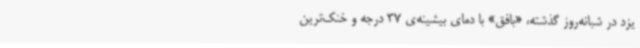
یزد در شبانه‌روز گذشته، «بافق» با دمای بیشینه‌ی 37 درجه و خنک‌ترین